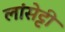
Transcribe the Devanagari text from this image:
लांसेट्टी